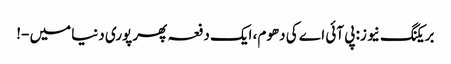
بریکنگ نیو ز: پی آئی اے کی دھوم، ایک دفعہ پھر پوری دنیا میں -!